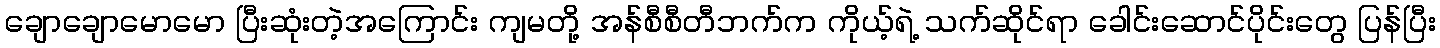
ချောချောမောမော ပြီးဆုံးတဲ့အကြောင်း ကျမတို့ အန်စီစီတီဘက်က ကိုယ့်ရဲ့ သက်ဆိုင်ရာ ခေါင်းဆောင်ပိုင်းတွေ ပြန်ပြီး